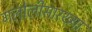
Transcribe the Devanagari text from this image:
गलोलीसारख्या